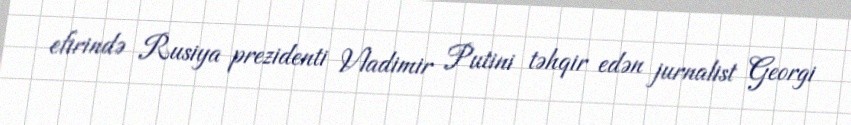
efirində Rusiya prezidenti Vladimir Putini təhqir edən jurnalist Georgi